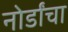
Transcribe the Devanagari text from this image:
नोर्डांचा